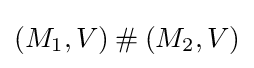
(M_{1},V)\mathbin {\#} (M_{2},V)